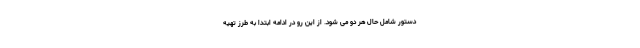
دستور شامل حال هر دو می شود. از این رو در ادامه ابتدا به طرز تهیه